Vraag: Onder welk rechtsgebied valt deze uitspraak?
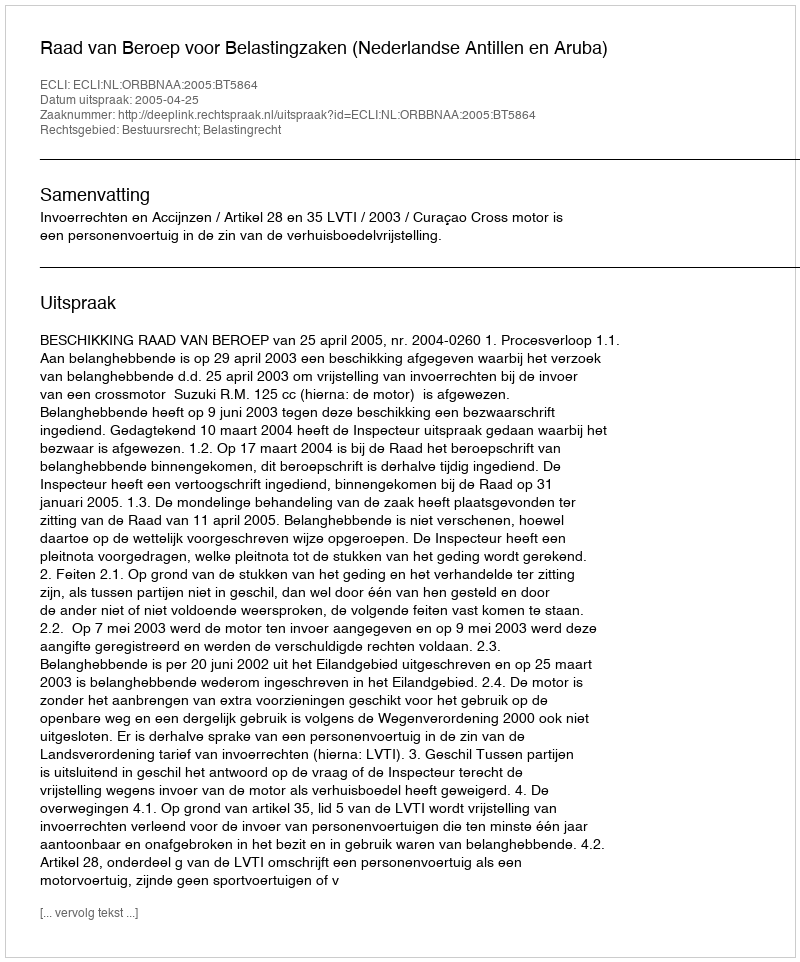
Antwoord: Bestuursrecht; Belastingrecht